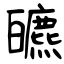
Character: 皫